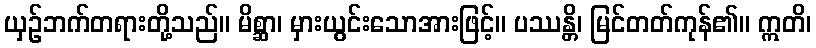
ယှဉ်ဘက်တရားတို့သည်။ မိစ္ဆာ၊ မှားယွင်းသောအားဖြင့်။ ပဿန္တိ၊ မြင်တတ်ကုန်၏။ ဣတိ၊